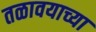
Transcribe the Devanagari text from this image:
तळावयाच्या